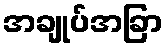
အချုပ်အခြာ